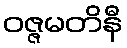
ဝဇ္ဇမတိနီ